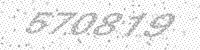
Solution: 570819